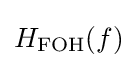
H_{\mathrm {FOH} }(f)